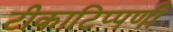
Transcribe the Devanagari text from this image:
टीकाटिप्पणी